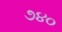
૭૪૦